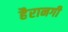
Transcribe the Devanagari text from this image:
हैरानगी